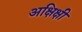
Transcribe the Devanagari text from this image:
अक्षिक्षी